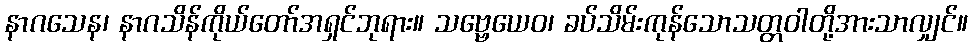
နာဂသေန၊ နာဂသိန်ကိုယ်တော်အရှင်ဘုရား။ သဗ္ဗေယေဝ၊ ခပ်သိမ်းကုန်သောသတ္တဝါတို့အားသာလျှင်။